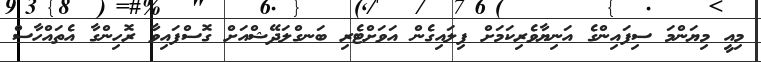
މިއީ މިޔަންމަ ސިފައިންގެ އަނިޔާވެރިކަމަށް ފިލައިގެން އަވަށްޓެރި ބަނގްލަދޭޝްއަށް ގޮސްފައިވާ ރޮހިންގާ އެތައްހާސް